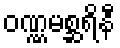
ဝဏ္ဏမစ္ဆရိနီ